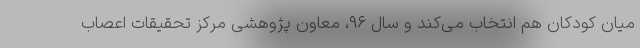
میان کودکان هم انتخاب می‌کند و سال ۹۶، معاون پژوهشی مرکز تحقیقات اعصاب